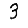
Digit: 3